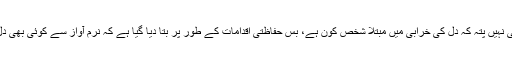
اس آیت کے مطابق تو کسی کو بھی نہیں پتہ کہ دل کی خرابی میں مبتلا شخص کون ہے، بس حفاظتی اقدامات کے طور پر بتا دیا گیا ہے کہ نرم آواز سے کوئی بھی دل کی خرابی میں مبتلا ہو سکتا ہے۔